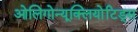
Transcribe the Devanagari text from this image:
ओलिगोन्यूक्लियोटिड्स